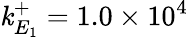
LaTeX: \mathit{k}_{E_{1}}^{+}=1.0\times10^{4}